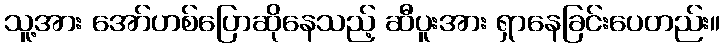
သူ့အား အော်ဟစ်ပြောဆိုနေသည့် ဆီပူးအား ရှာနေခြင်းပေတည်း။